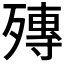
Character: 𣩘